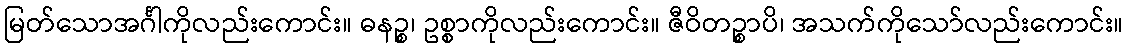
မြတ်သောအင်္ဂါကိုလည်းကောင်း။ ဓနဉ္စ၊ ဥစ္စာကိုလည်းကောင်း။ ဇီဝိတဉ္စာပိ၊ အသက်ကိုသော်လည်းကောင်း။